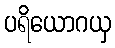
ပရိယောဂယှ